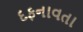
દફનાવતા